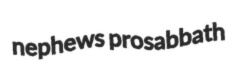
nephews prosabbath